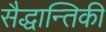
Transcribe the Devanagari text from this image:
सैद्धान्तिकी